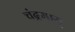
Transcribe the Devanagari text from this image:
चंद्रमास्